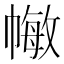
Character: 𢄯